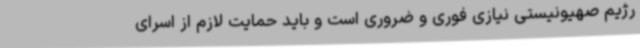
رژیم صهیونیستی نیازی فوری و ضروری است و باید حمایت لازم از اسرای